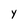
Character: y